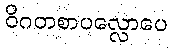
ဝိဂတစာပလ္လောပေ